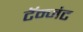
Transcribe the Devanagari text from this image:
टॅन्जंट